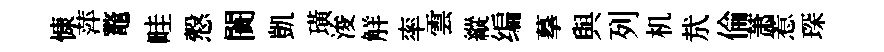
慷萍鼇畦慤闠凱璜浚觧率雲縱编摹與列机㢤倫萧惹琛